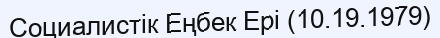
Социалистік Еңбек Ері (10.19.1979)